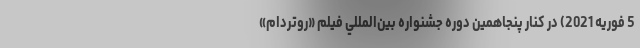
5 فوریه 2021) در کنار پنجاهمين دوره جشنواره بين‌‌المللي فیلم «روتردام»